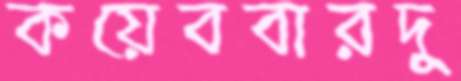
কয়েববারদু